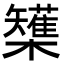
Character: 𭬷